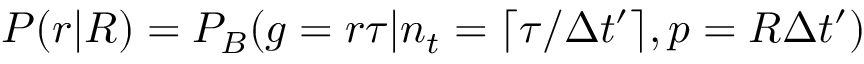
P ( r | R ) = P _ { B } ( g = r \tau | n _ { t } = \lceil \tau / \Delta t ^ { \prime } \rceil , p = R \Delta t ^ { \prime } )